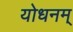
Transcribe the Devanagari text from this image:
योधनम्